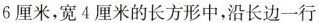
6厘米，宽4厘米的长方形中，沿长边一行